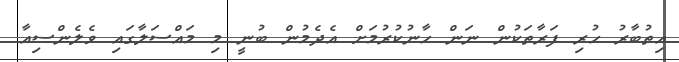
އިތުބާރު ހުރި ފަރާތަކުން ނަން ހާނުކުރުމަށް އެދެމުން ބުނީ މި މައްސަލާގައި ވެލެންސިއާ